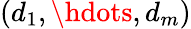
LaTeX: (d_{1},\hdots,d_{m})